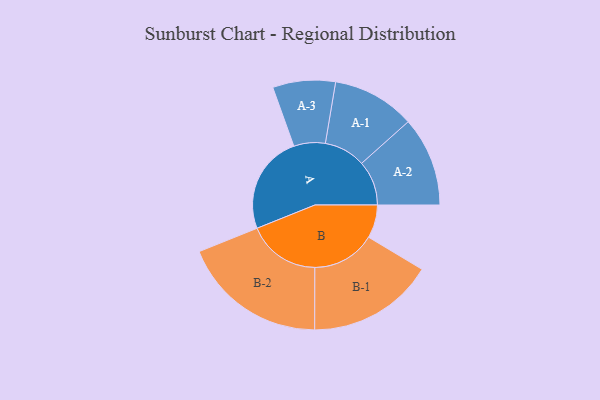
{"axis": {"x": "Segment", "y": "Value"}, "legend": ["", "A", "B"], "data": [{"x": "A", "y": 324, "type": ""}, {"x": "B", "y": 109, "type": ""}, {"x": "A-1", "y": 136, "type": "A"}, {"x": "A-2", "y": 147, "type": "A"}, {"x": "A-3", "y": 103, "type": "A"}, {"x": "B-1", "y": 208, "type": "B"}, {"x": "B-2", "y": 239, "type": "B"}]}